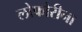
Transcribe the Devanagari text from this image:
लोफोरीना